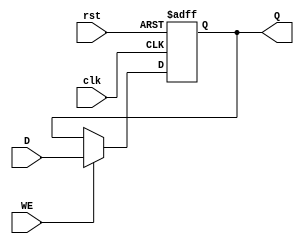
//D Flip Flop implementation. Output is updated during positive
//edge of the clock cycle. Asynchronous reset input is active high.
//The flip flop is writable only when WE signal is active high.

 
module DFlipFlop(output reg Q,input D,WE,rst,clk);

	always @(posedge clk or posedge rst )
	begin
		if (rst)
			Q<=1'b0;
   	else if(WE)
			Q<=D;
 	end
 	
endmodule